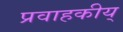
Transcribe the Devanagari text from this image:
प्रवाहकीय्